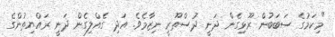
"މިކަމުގެ ސަބަބުން ރޫޅިގެން ދަނީ ދުސްތޫރީ ނިޒާމެވެ. އަދި ގެއްލިގެން ދަނީ ރައްޔިތުންގެ